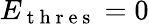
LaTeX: E_{\mathrm{~t~h~r~e~s~}}=0